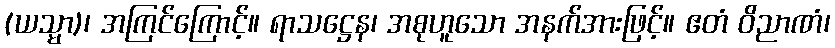
(ယသ္မာ)၊ အကြင်ကြောင့်။ ရာသဋ္ဌေန၊ အစုဟူသော အနက်အားဖြင့်။ ဧတံ ဝိညာဏံ၊